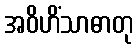
အဝိဟိံသာဓာတု